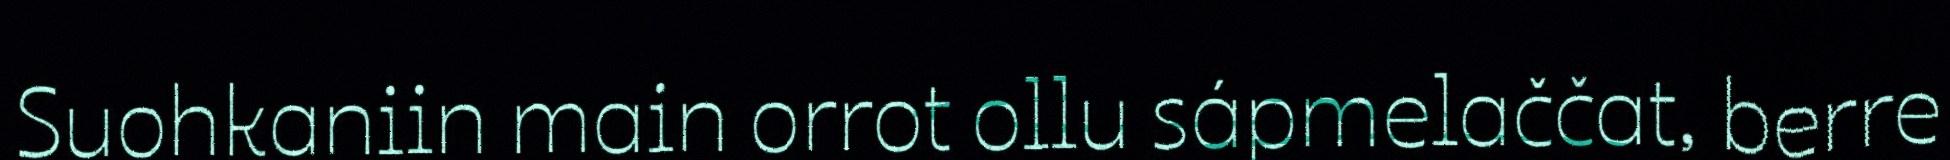
Suohkaniin main orrot ollu sápmelaččat, berre